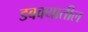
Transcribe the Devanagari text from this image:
डबक्यातील